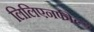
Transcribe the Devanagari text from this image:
लिलिएनफील्ड